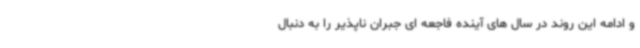
و ادامه این روند در سال های آینده فاجعه ای جبران ناپذیر را به دنبال